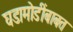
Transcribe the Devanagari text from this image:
घडामोडींबाबत